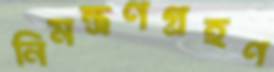
নিমন্ত্রণগ্রহণ